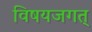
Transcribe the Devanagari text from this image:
विषयजगत्